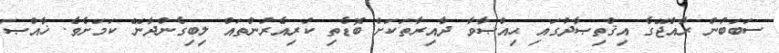
ސަބަބުން ރާއްޖޭގެ އިޤްތިޞާދުގައި ޙިއްޞާވާ ދާއިރާތަކަށް ބޮޑެތި ކުރިއެރުންތައް ލިބިގެންދާނޭ ކަމަށެވެ. ޚާއްޞަ